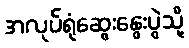
အလုပ်ရုံဆွေးနွေးပွဲသို့